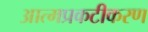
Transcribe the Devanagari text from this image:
आत्मप्रकटीकरण